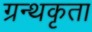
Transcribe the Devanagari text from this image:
ग्रन्थकृता